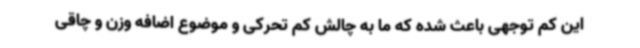
این کم توجهی باعث شده که ما به چالش کم تحرکی و موضوع اضافه وزن و چاقی